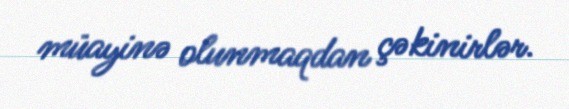
müayinə olunmaqdan çəkinirlər.